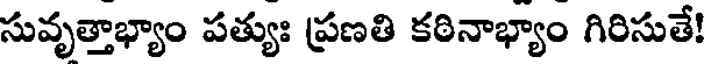
సువృత్తాభ్యాం పత్యుః ప్రణతి కఠినాభ్యాం గిరిసుతే!